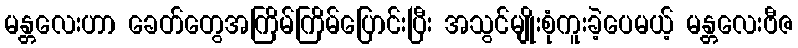
မန္တလေးဟာ ခေတ်တွေအကြိမ်ကြိမ်ပြောင်းပြီး အသွင်မျိုးစုံကူးခဲ့ပေမယ့် မန္တလေးဗီဇ